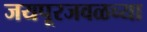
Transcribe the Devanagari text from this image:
जयपूरजवळच्या